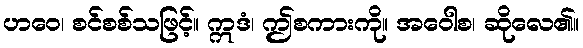
ဟဝေ၊ စင်စစ်သဖြင့်။ ဣဒံ၊ ဤစကားကို။ အဝေါစ၊ ဆိုလေ၏။